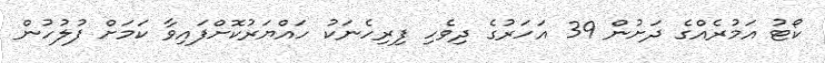
ކޯޓު އަމުރެއްގެ ދަށުން 39 އަހަރުގެ ދިވެހި ފިރިހެނަކު ހައްޔަރުކޮށްފައިވާ ކަމަށް ފުލުހުން